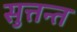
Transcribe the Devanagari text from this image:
सुत्तन्त